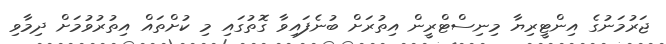
ޖަރުމަނުގެ އިންޓީރިޔާ މިނިސްޓްރީން އިތުރަށް ބުނެފައިވާ ގޮތުގައި މި ކުށްތައް އިތުރުވުމަށް ދިމާވި